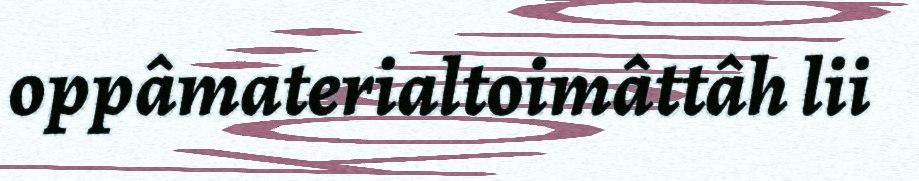
oppâmaterialtoimâttâh lii